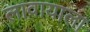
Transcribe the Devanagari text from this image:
लावायाला